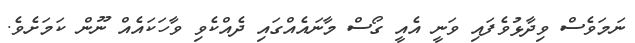
ނަމަވެސް ވިދާޅުވެފައި ވަނީ އެއީ ގޯސް މާނައެއްގައި ދެއްކެވި ވާހަކައެއް ނޫން ކަމަށެވެ.